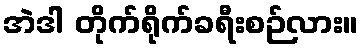
အဲဒါ တိုက်ရိုက်ခရီးစဉ်လား။